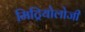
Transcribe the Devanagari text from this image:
मिट्रियोलोजी